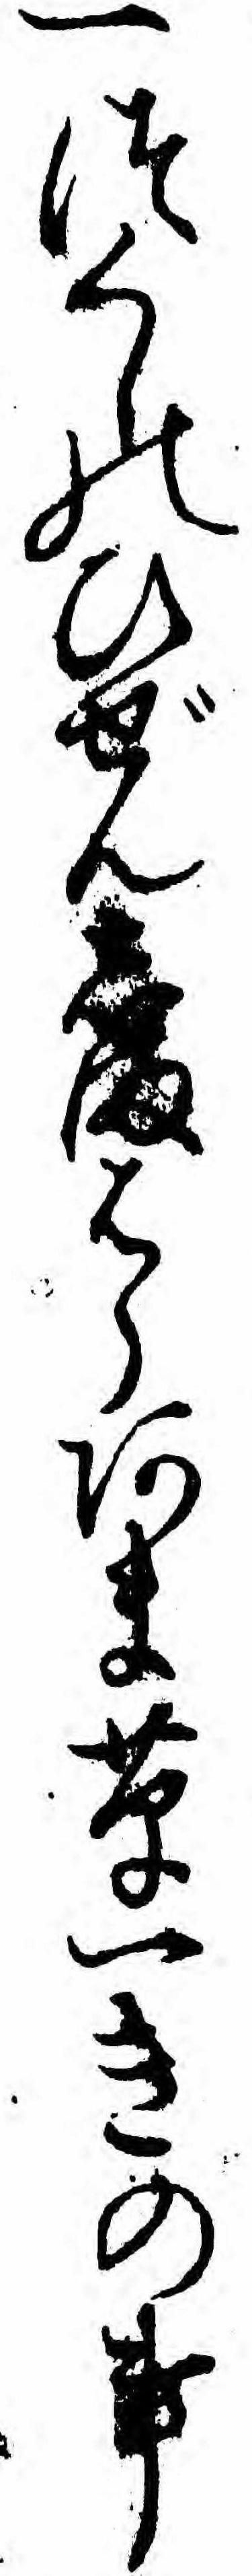
一つくしのひぜんしまはらあま草一きの事